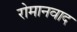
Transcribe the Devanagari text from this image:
रोमानवाद